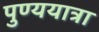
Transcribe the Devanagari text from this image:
पुण्ययात्रा